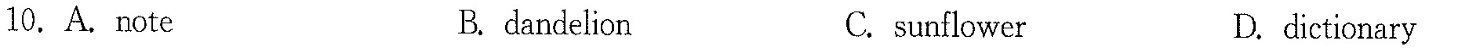
10.A.note B. dandelion C.sunflower D.dictionary